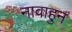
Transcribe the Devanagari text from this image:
नावाहुन